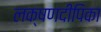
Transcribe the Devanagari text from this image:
लक्षणदीपिका